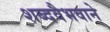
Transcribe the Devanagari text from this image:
शब्दवैभवाने